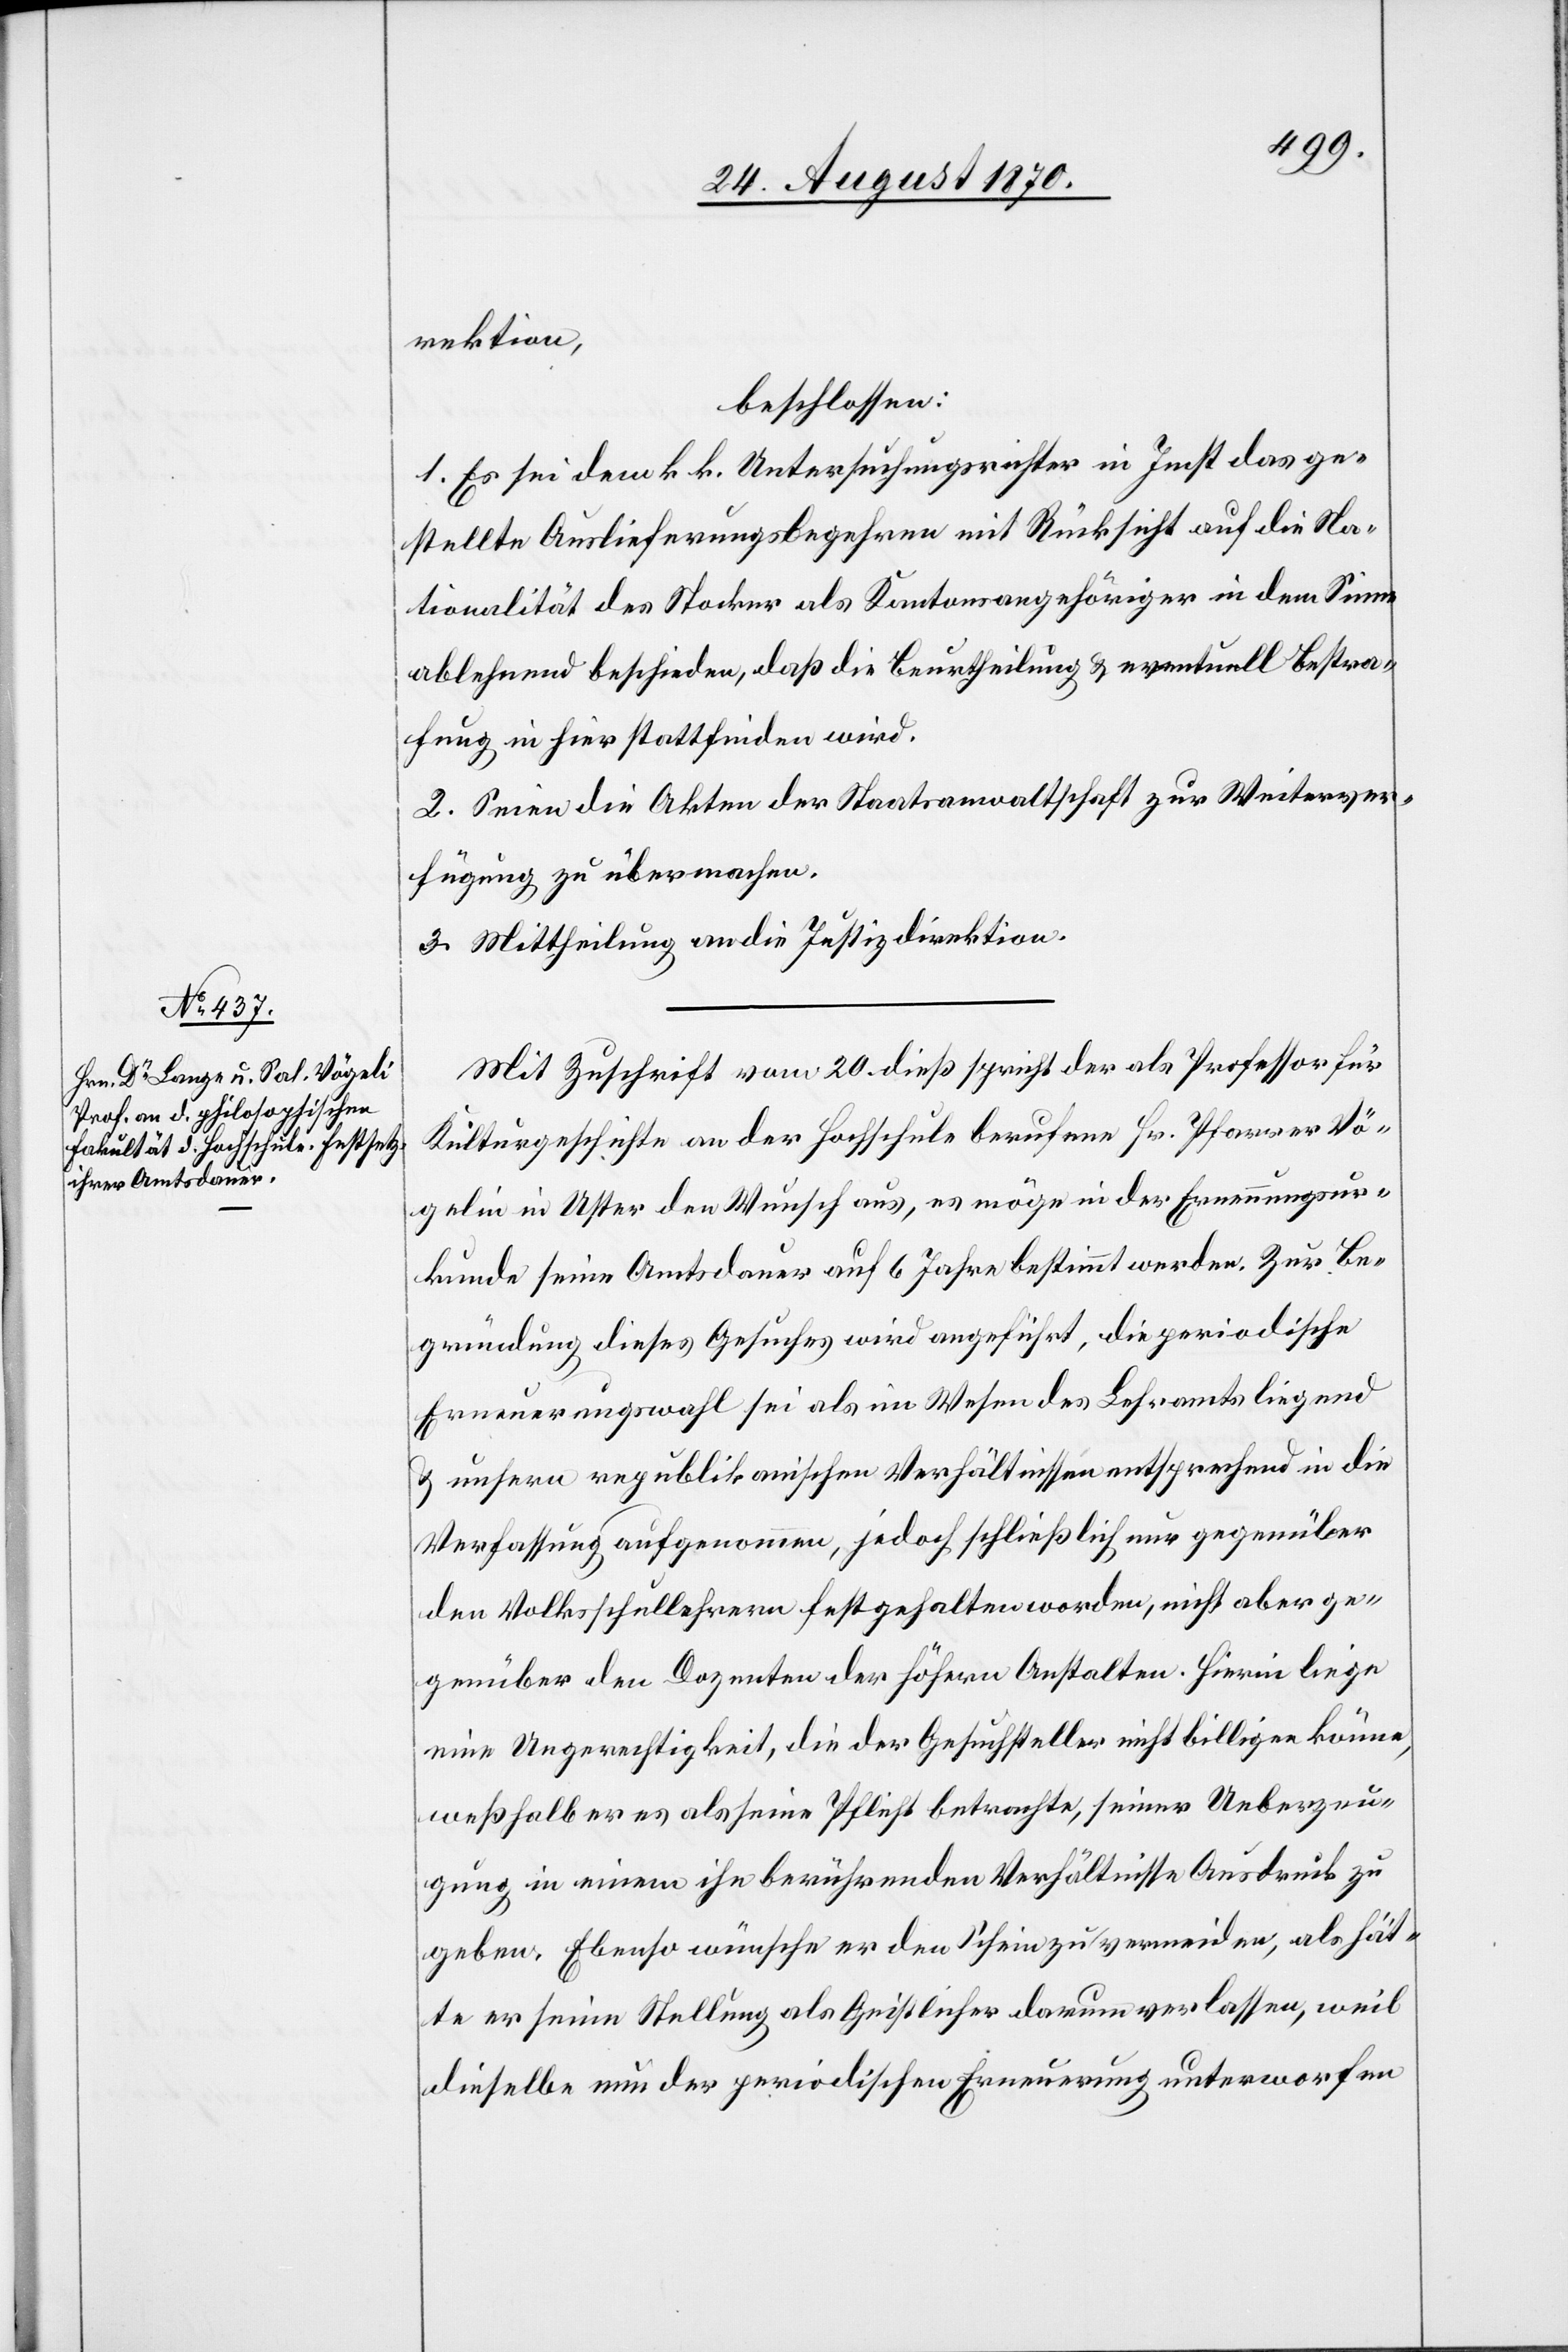
rektion,
beschlossen:
1. Es sei dem k. k. Untersuchungsrichter in Imst das ge¬
stellte Auslieferungsbegehren mit Rücksicht auf die Na¬
tionalität des Stocker als Kantonsangehöriger in dem Sinne
ablehnend beschieden, daß die Beurtheilung & eventuell Bestra¬
fung in hier stattfinden wird.
2. Seien die Akten der Staatsanwaltschaft zur Weiterver¬
fügung zu übermachen.
3. Mittheilung an die Justizdirektion.
Mit Zuschrift vom 20. dieß spricht der als Professor für
Kulturgeschichte an der Hochschule berufene Hr. Pfarrer Vö¬
gelin [sic!] in Uster den Wunsch aus, es möge in der Ernennungsur¬
kunde seine Amtsdauer auf 6 Jahre bestimmt werden. Zur Be¬
gründung dieses Gesuches wird angeführt, die periodische
Erneuerungswahl sei als im Wesen des Lehramts liegend
& unsern republikanischen Verhältnissen entsprechend in die
Verfassung aufgenommen, jedoch schließlich nur gegenüber
den Volksschullehrern festgehalten worden, nicht aber ge¬
genüber den Dozenten der höhern Anstalten. Hierin liege
eine Ungerechtigkeit, die der Gesuchsteller nicht billigen könne,
weßhalb er es als seine Pflicht betrachte, seiner Ueberzeu¬
gung in einem ihn berührenden Verhältnisse Ausdruck zu
geben. Ebenso wünsche er den Schein zu vermeiden, als hät¬
te er seine Stellung als Geistlicher darum verlassen, weil
dieselbe nun der periodischen Erneuerung unterworfen